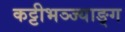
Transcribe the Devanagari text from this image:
कट्टीभञ्ज्याङ्ग